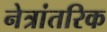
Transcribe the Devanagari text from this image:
नेत्रांतरिक